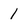
Character: 1